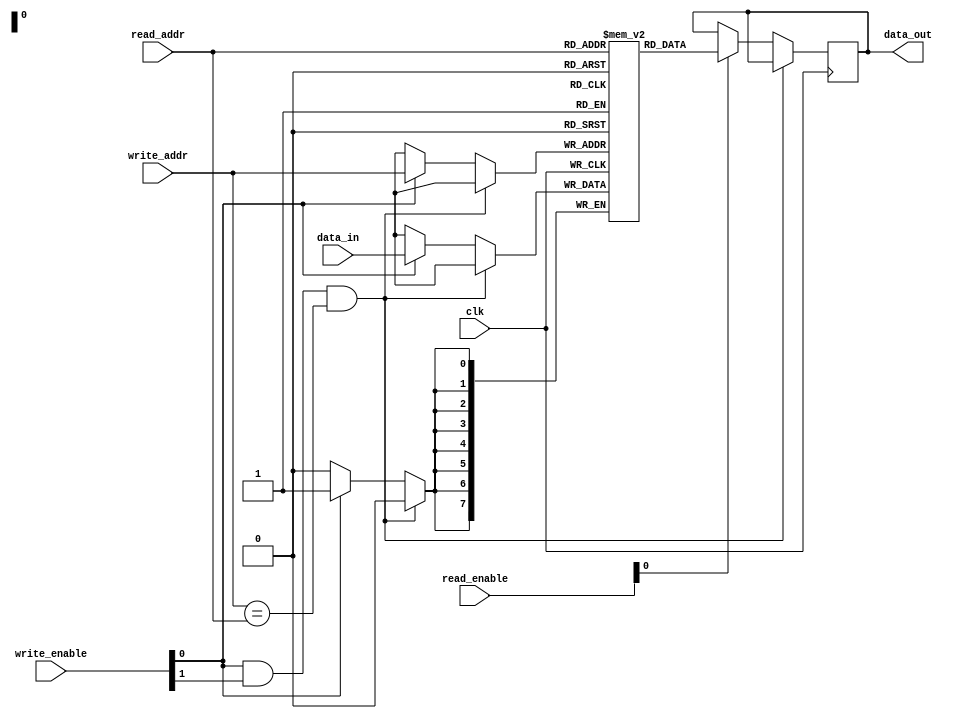
module dual_port_ram (
    input clk,
    input [7:0] data_in,
    input [7:0] write_addr,
    input [1:0] write_enable,
    input [7:0] read_addr,
    input [1:0] read_enable,
    output reg [7:0] data_out
);

reg [7:0] memory[0:255];

always @(posedge clk) begin
    if (write_enable[0] && write_enable[1] && write_addr == read_addr) begin
        //arbitrate here
        //insert conflict resolution logic
    end
    else begin
        if (write_enable[0])
            memory[write_addr] <= data_in;
        
        if (read_enable[0])
            data_out <= memory[read_addr];
    end
end

endmodule